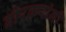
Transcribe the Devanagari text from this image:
बोरकरांनी